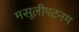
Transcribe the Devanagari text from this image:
मसूलीपटनम